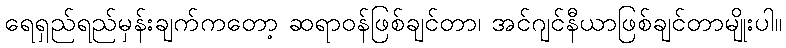
ရေရှည်ရည်မှန်းချက်ကတော့ ဆရာဝန်ဖြစ်ချင်တာ၊ အင်ဂျင်နီယာဖြစ်ချင်တာမျိုးပါ။